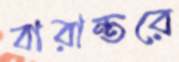
বারান্তরে